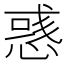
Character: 𢞿